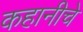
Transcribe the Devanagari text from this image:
कहानीचे